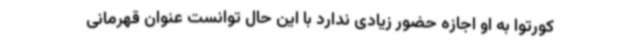
کورتوا به او اجازه حضور زیادی ندارد با این حال توانست عنوان قهرمانی